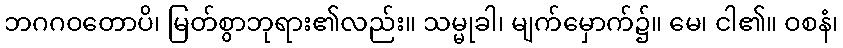
ဘဂဂဝတောပိ၊ မြတ်စွာဘုရား၏လည်း။ သမ္မုခါ၊ မျက်မှောက်၌။ မေ၊ ငါ၏။ ဝစနံ၊